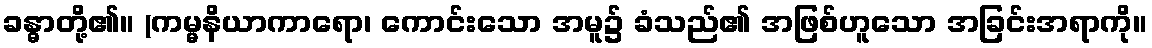
ခန္ဓာတို့၏။ (ကမ္မနိယာကာရော၊ ကောင်းသော အမူ၌ ခံသည်၏ အဖြစ်ဟူသော အခြင်းအရာကို။